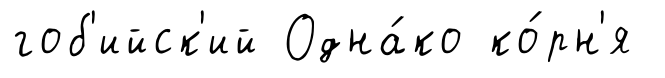
гоб'ийск'ий Одна́ко ко́рн'я